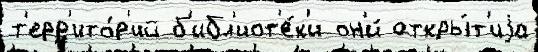
т'ерр'ито́р'ий б'ибл'иот'е́к'и он'и́ откры́т'иjа